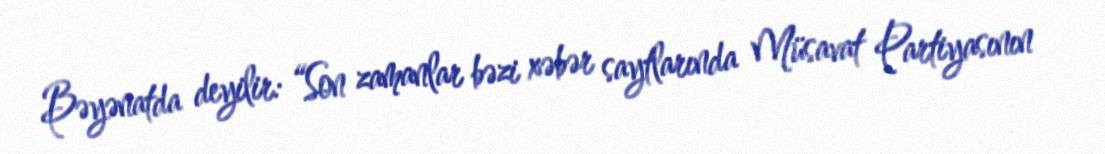
Bəyənatda deyilir: “Son zamanlar bəzi xəbər saytlarında Müsavat Partiyasının